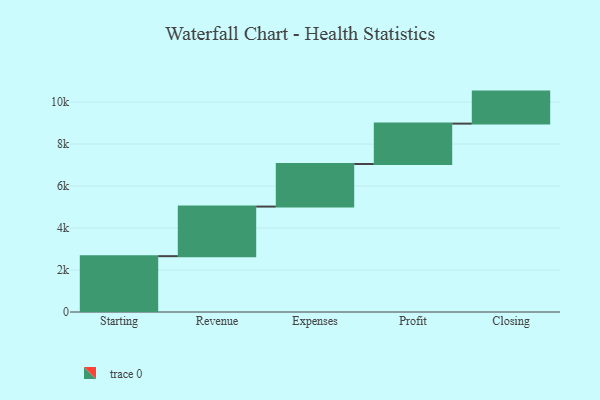
{"axis": {"x": "Step", "y": "Value"}, "legend": [""], "data": [{"x": "Starting", "y": 2659.0, "type": ""}, {"x": "Revenue", "y": 2362.0, "type": ""}, {"x": "Expenses", "y": 2026.0, "type": ""}, {"x": "Profit", "y": 1924.0, "type": ""}, {"x": "Closing", "y": 1525.0, "type": ""}]}